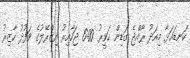
ކަނޑައަޅާ މިއަދު ރާއްޖެ ގަޑިން ހަވީރު 6:00 ޖަހާއިރު އިޒްރޭލުގެ ވަފުދު ހާޒިރު